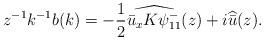
LaTeX: \begin{align*}z^{-1} k^{-1} b(k)= - \frac{1}{2} \widehat{ \bar{u}_x K \psi^-_{11} } ( z)+ i \widehat{\bar{u}} ( z ).\end{align*}